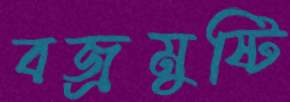
বজ্রমুষ্টি